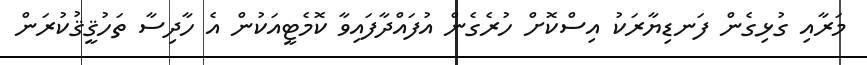
މަރާއި ގުޅިގެން ފަނޑިޔާރަކު އިސްކޮށް ހުރެގެން އުފައްދާފައިވާ ކޮމެޓީއަކުން އެ ހާދިސާ ތަހުޤީޤުކުރަން